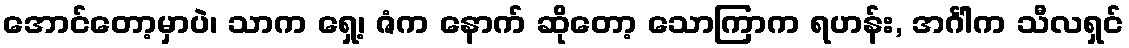
အောင်တော့မှာပဲ၊ သာက ရှေ့၊ ဇံက နောက် ဆိုတော့ သောကြာက ရဟန်း, အင်္ဂါက သီလရှင်